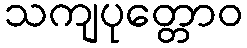
သကျပုတ္တောဝ